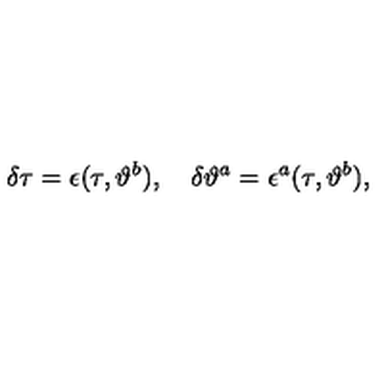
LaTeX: \delta \tau = \epsilon ( \tau , \vartheta ^ { b } ) , \quad \delta \vartheta ^ { a } = \epsilon ^ { a } ( \tau , \vartheta ^ { b } ) ,